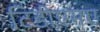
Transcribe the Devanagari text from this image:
टिडीएमए